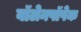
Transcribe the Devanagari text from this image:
वॉलेनपॉपेक